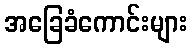
အခြေခံကောင်းများ